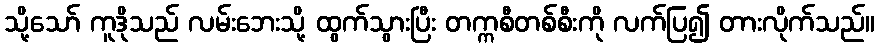
သို့သော် ကူဒိုသည် လမ်းဘေးသို့ ထွက်သွားပြီး တက္ကစီတစ်စီးကို လက်ပြ၍ တားလိုက်သည်။